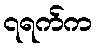
၇ရက်က